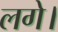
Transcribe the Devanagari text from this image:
लगे।